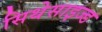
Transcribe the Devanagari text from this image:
सिथेसाइज्ड